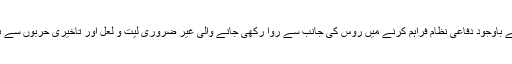
400 دفاعی نظام کے لیے بھارت روس کو مکمل مالی ادائیگی بھی کرچکا ہے لیکن اِس کے باوجود دفاعی نظام فراہم کرنے میں روس کی جانب سے روا رکھی جانے والی غیر ضروری لیت و لعل اور تاخیری حربوں سے بھارت روس کے متعلق اپنے پرانے دوستانہ تعلقات پر نظرثانی کرنے پر مجبور ہوگیا ہے۔